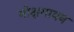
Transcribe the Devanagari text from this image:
मोक्षगायन